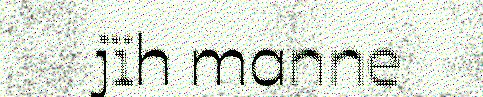
jïh manne